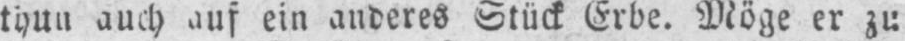
thun auch auf ein anderes Stück Erbe. Möge er zu